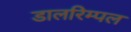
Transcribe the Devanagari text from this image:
डालरिम्पल